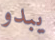
يبدو